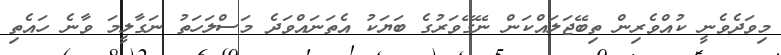
މިވަދެވެނީ ކުއްވެރިން ތިބޭޖަލައްކަން ނޭގޭވަރުގެ ބަޔަކު އެތަނައްވަދެ މަސްލަހަތު ނަގާލީމަ ވާނެ ހައެތި